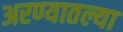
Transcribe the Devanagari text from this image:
अरण्यातल्या